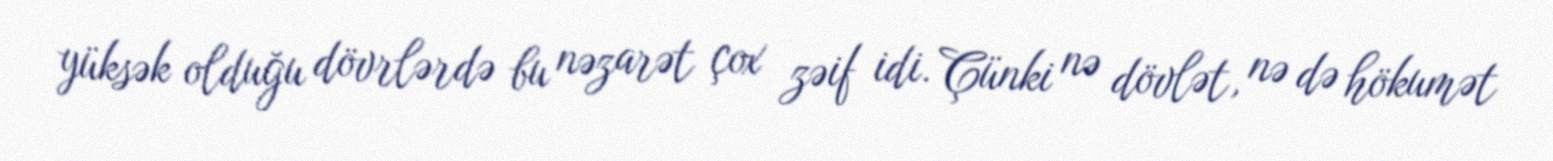
yüksək olduğu dövrlərdə bu nəzarət çox zəif idi. Çünki nə dövlət, nə də hökumət